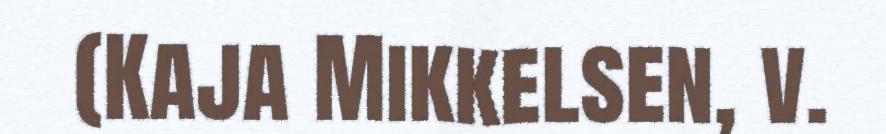
(Kaja Mikkelsen, v.